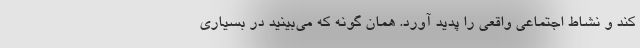
کند و نشاط اجتماعی واقعی را پدید آورد. همان گونه که می‌بینید در بسیاری